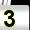
Digit: 3